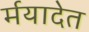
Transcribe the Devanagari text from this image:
र्मयादेत